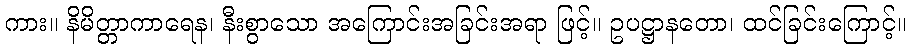
ကား။ နိမိတ္တာကာရေန၊ နီးစွာသော အကြောင်းအခြင်းအရာ ဖြင့်။ ဥပဋ္ဌာနတော၊ ထင်ခြင်းကြောင့်။